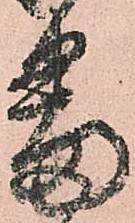
番